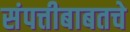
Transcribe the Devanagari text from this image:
संपत्तीबाबतचे